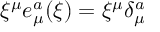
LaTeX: \xi ^ { \mu } e _ { \mu } ^ { a } ( \xi ) = \xi ^ { \mu } \delta _ { \mu } ^ { a }